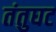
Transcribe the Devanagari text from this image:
तंतुघट